Leaving Certificate Examination (including Day School Certificate (Higher) General paper), 1937
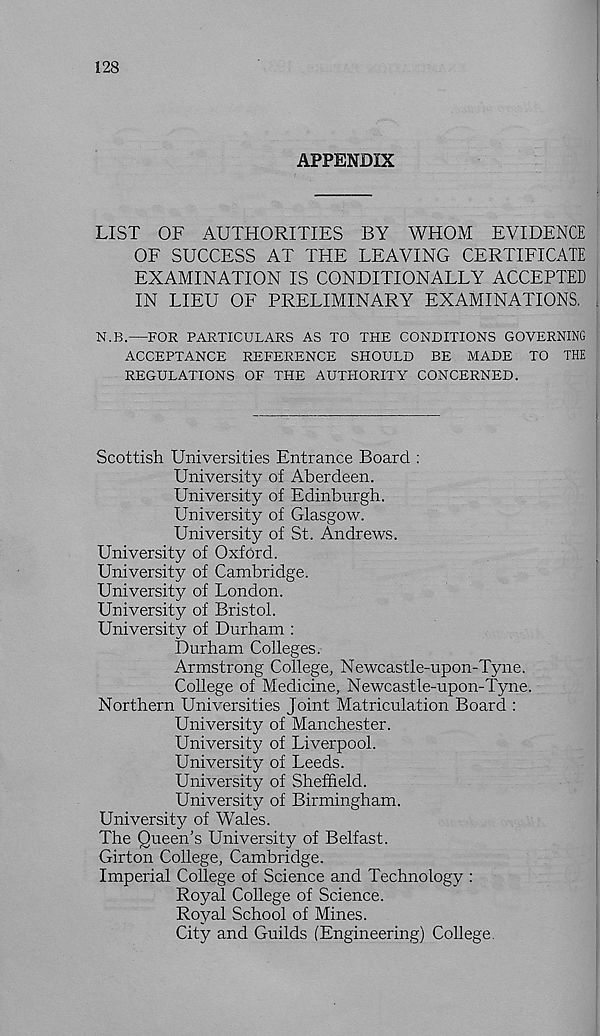
128
APPENDIX
LIST OF AUTHORITIES BY WHOM EVIDENCE
OF SUCCESS AT THE LEAVING CERTIFICATE
EXAMINATION IS CONDITIONALLY ACCEPTED
IN LIEU OF PRELIMINARY EXAMINATIONS.
N.B.—FOR PARTICULARS AS TO THE CONDITIONS GOVERNING
ACCEPTANCE REFERENCE SHOULD BE MADE TO THE
REGULATIONS OF THE AUTHORITY CONCERNED.
Scottish Universities Entrance Board :
University of Aberdeen.
University of Edinburgh.
University of Glasgow.
University of St. Andrews.
University of Oxford.
University of Cambridge.
University of London.
University of Bristol.
University of Durham :
Durham Colleges.
Armstrong College, Newcastle-upon-Tyne.
College of Medicine, Newcastle-upon-Tyne.
Northern Universities Joint Matriculation Board :
University of Manchester.
University of Liverpool.
University of Leeds.
University of Sheffield.
University of Birmingham.
University of Wales.
The Queen’s University of Belfast.
Girton College, Cambridge.
Imperial College of Science and Technology :
Royal College of Science.
Royal School of Mines.
City and Guilds (Engineering) College.